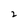
Character: 2